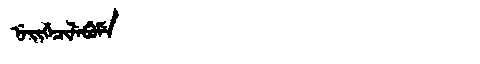
Manchu: ᠨᡝᡳᡤᡝᠴᡳᠯᡝᠪᡠᠮᡝ
Romanization: NEIGECILEBUME